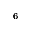
_ { 6 }